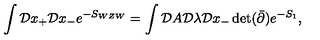
\int { \cal D } x _ { + } { \cal D } x _ { - } e ^ { - S _ { W Z W } } = \int { \cal D } A { \cal D } \lambda { \cal D } x _ { - } \det ( \bar { \partial } ) e ^ { - S _ { 1 } } ,